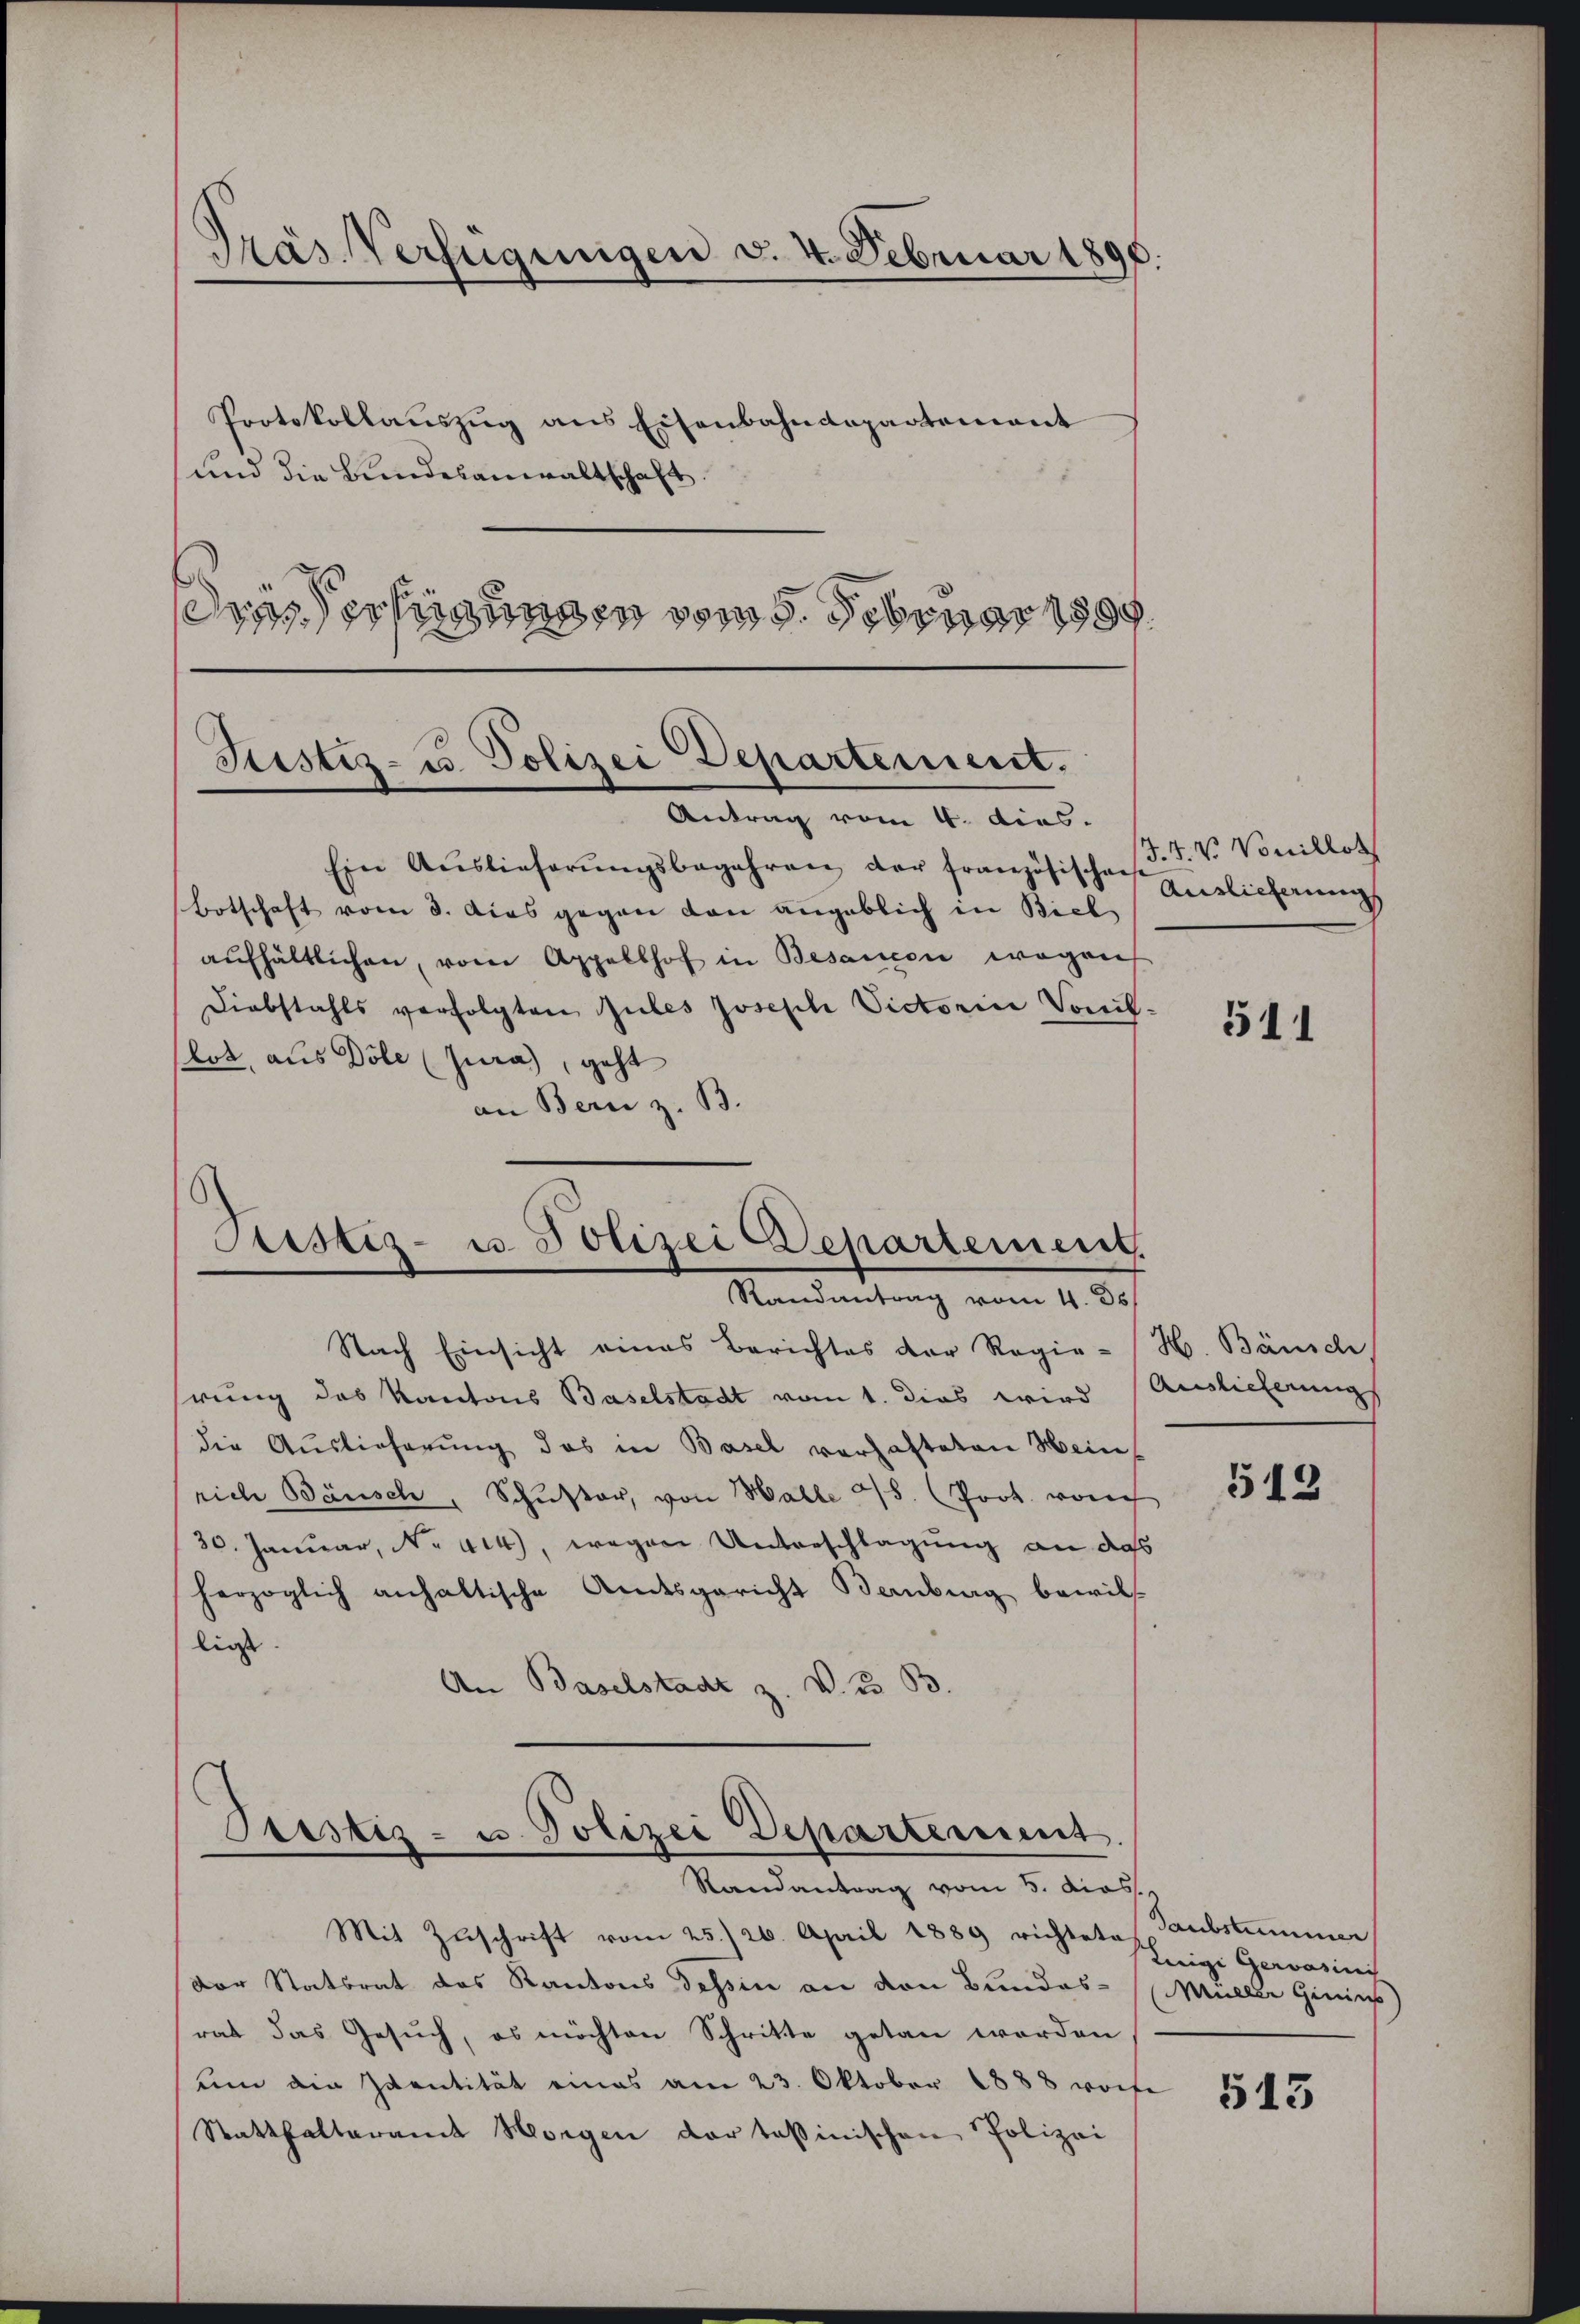
Träs Verfügungen v. 4. Februar 1890.
Protokollaŭszŭg ans Eisenbahndepartement
und die Bundesanwaltschaft
dres Verfügungen vom 5. Februar 1897.

Ein Aŭslieferŭngsbegehren der französischen Hürlicherung
Botschaft vom 8. dies gegen den angeblich in Biel
aŭfhältlichen, von Appellhof in Besancen wegen
Diebstahls verfolgten Gutes Joseph Victorin Vorllot, aus Döle (Jura), geht
an Bern z. B.

Justiz- u. Polizei Departement.
Antrag vom 4. dies.

Justiz- u. Polizei Departement.
Randantrag vom 4. ds

Nach Einsicht eines Berichtes der Regie-H. Bäusch
hrung des Kantons Baselstadt vom 1. dies wird Auslieferungs
die Auslieferung das in Basel verhafteten Heinrich Bausch, Schŭster, von Halle 478 (Poot. vorig
30. Januar, No 414, wegen Unterschlagung an daß
herzoglich anhaltische Amtsgericht Bernburg bewill
ließ
An Baselstadt z. V. 3333.

Prestiz- u. Polizei Departement.
Randantrag vom 5. dies
Mit Zŭschrift vom 25. 20. April 1889 richtete Substummer

J. J. V. Vonillet

der Statsrat des Kantons Tessin an den Bundes- Müller Ginins
rat das Gesuch, es möchten Schritte getan worden
um die Eventität eines am 23. Oktober 1888 wofe
Statthalteramt Horgen der tessinischen Polizei

511

513

Luigi Gerasinis

513